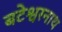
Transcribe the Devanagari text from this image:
बटेश्वरनाथ